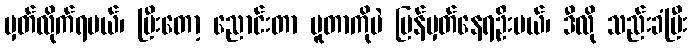
မှတ်လိုက်ရမယ်၊ ပြီးတော့ ညောင်းတာ ပူတာကိုပဲ ပြန်မှတ်နေရဦးမယ်၊ ဒီလို သည်းခံပြီး